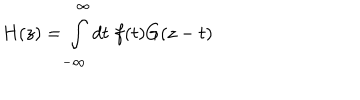
H ( z ) = \int _ { - \infty } ^ { \infty } d t \; f ( t ) G ( z - t )